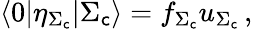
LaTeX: \langle0|\eta_{\Sigma_{\mathsf{c}}}|\Sigma_{\mathsf{c}}\rangle=f_{\Sigma_{\mathsf{c}}}u_{\Sigma_{\mathsf{c}}}\, ,